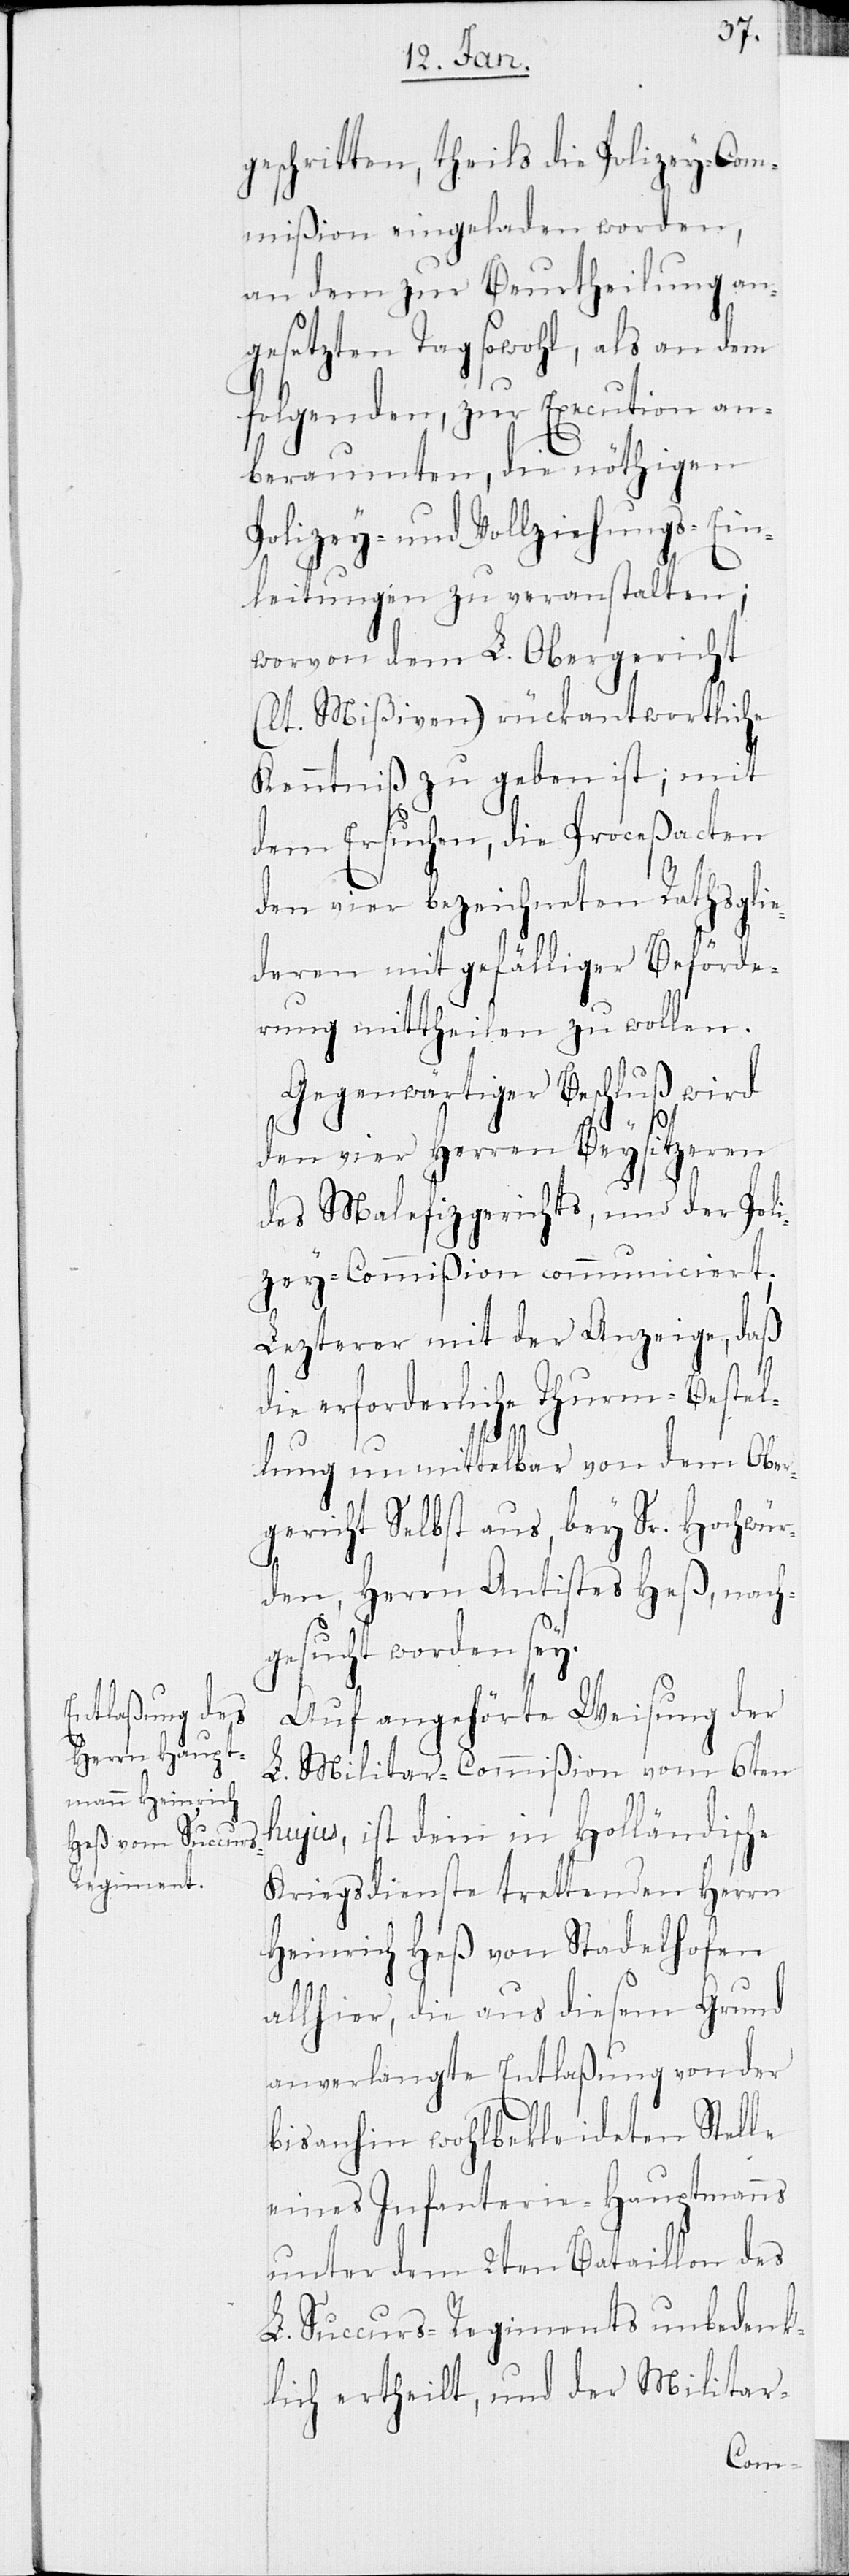
geschritten, theils die Polizey-Com¬
mißion eingeladen worden,
an dem zur Beurtheilung an¬
gesetzten Tag sowohl, als an dem
folgenden, zur Execution an¬
beraumten, die nöthigen
Polizey- und Vollziehungs-Ein¬
leitungen zu veranstalten;
worvon dem L. Obergericht
(lt. Mißiven) rückantwortliche
Kenntniß zu geben ist; mit
dem Ersuchen, die Proceßacten
den vier bezeichneten Rathsglie¬
deren mit gefälliger Beförde¬
rung mittheilen zu wollen.
Gegenwärtiger Beschluß wird
den vier Herren Beysitzeren
des Malefizgerichts, und der Poli¬
zey-Commißion communiciert;
Lezterer mit der Anzeige, daß
die erforderliche Thurm-Bestel¬
lung unmittelbar von dem Ober¬
gericht Selbst aus, bey Sr. Hochwür¬
den, Herrn Antistes Heß, nach¬
gesucht worden sey.
Auf angehörte Weisung der
L. Militar-Commißion vom 6ten
hujus, ist dem in Holländische
Kriegsdienste trettenden Herrn
Heinrich Heß von Stadelhofen
allhier, die aus diesem Grund
anverlangte Entlaßung von der
bis anhin wohlbekleideten Stelle
eines Infanterie-Hauptmanns
unter dem 2ten Bataillon des
L. Succurs-Regiments unbedenk¬
lich ertheilt, und der Militar-